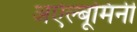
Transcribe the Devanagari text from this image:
अऐल्बूमिनी